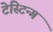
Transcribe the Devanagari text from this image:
टेस्टिन्ग